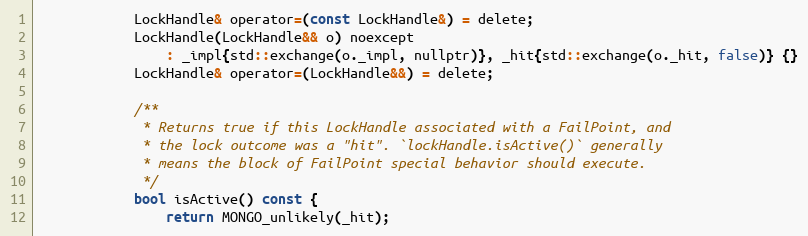
Language: C
            LockHandle& operator=(const LockHandle&) = delete;
            LockHandle(LockHandle&& o) noexcept
                : _impl{std::exchange(o._impl, nullptr)}, _hit{std::exchange(o._hit, false)} {}
            LockHandle& operator=(LockHandle&&) = delete;

            /**
             * Returns true if this LockHandle associated with a FailPoint, and
             * the lock outcome was a "hit". `lockHandle.isActive()` generally
             * means the block of FailPoint special behavior should execute.
             */
            bool isActive() const {
                return MONGO_unlikely(_hit);